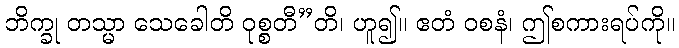
ဘိက္ခု တသ္မာ သေခေါတိ ဝုစ္စတီ”တိ၊ ဟူ၍။ ဧတံ ဝစနံ၊ ဤစကားရပ်ကို။